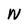
Character: N